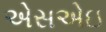
એસએઇ